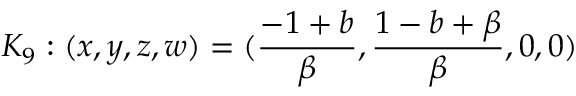
K _ { 9 } : ( x , y , z , w ) = ( \frac { - 1 + b } { \beta } , \frac { 1 - b + \beta } { \beta } , 0 , 0 )